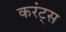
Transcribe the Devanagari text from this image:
करंट्स